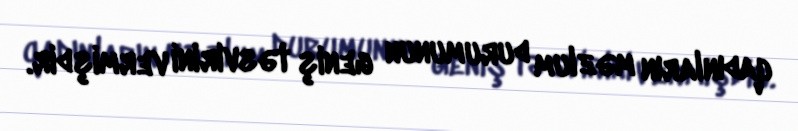
qadınların məzlum durumunun geniş təsvirini vermişdir.